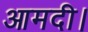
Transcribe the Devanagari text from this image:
आमदी।